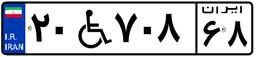
۲۰W۷۰۸۶۸